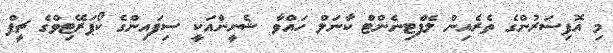
މި އޮފިސަރުންގެ ތެރެއިން ލެފްޓިނެންޓް ކާނަލް ހައްވާ ޝެނީންއަކީ ސިފައިންގެ ކޯޕަރޭޓިވްގެ ޗީފް